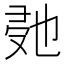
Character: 𭆰